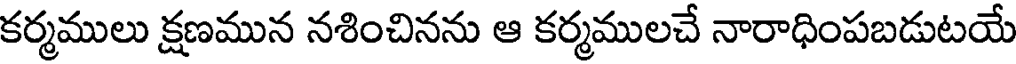
కర్మములు క్షణమున నశించినను ఆ కర్మములచే నారాధింపబడుటయే